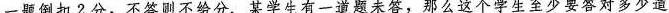
一题倒扣2分，不答则不给分.某学生有一道题未答，那么这个学生至少要答对多少道